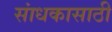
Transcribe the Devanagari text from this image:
सांधकासाठी